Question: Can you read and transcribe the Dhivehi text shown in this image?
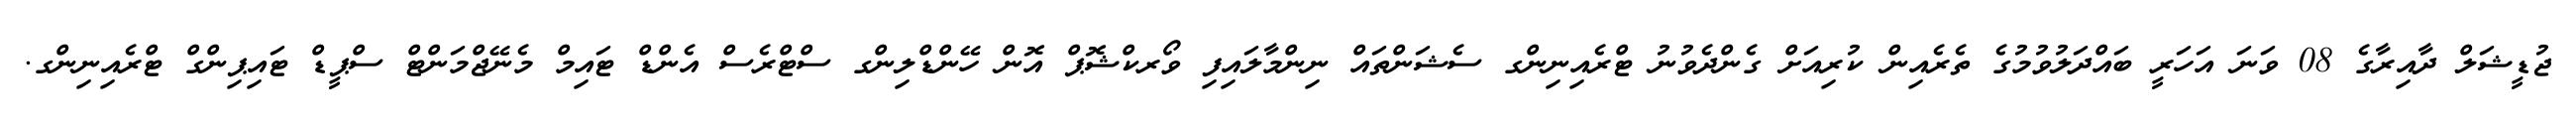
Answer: ޖުޑީޝަލް ދާއިރާގެ 08 ވަނަ އަހަރީ ބައްދަލުވުމުގެ ތެރެއިން ކުރިއަށް ގެންދެވުނު ޓްރެއިނިންގ ސެޝަންތައް ނިންމާލައިފި ވޯރކްޝޮޕް އޮން ހޭންޑްލިންގ ސްޓްރެސް އެންޑް ޓައިމް މެނޭޖްމަންޓް ސްޕީޑް ޓައިޕިންގް ޓްރެއިނިންގ.